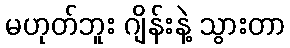
မဟုတ်ဘူး ဂျိန်းနဲ့ သွားတာ